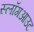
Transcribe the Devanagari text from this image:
स्लॉगआउट